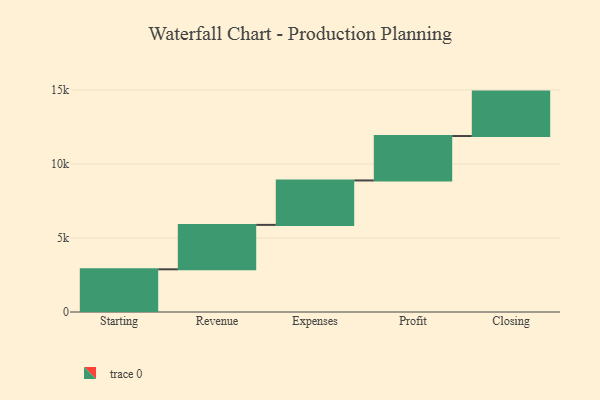
{"axis": {"x": "Step", "y": "Value"}, "legend": [""], "data": [{"x": "Starting", "y": 2883.0, "type": ""}, {"x": "Revenue", "y": 3000, "type": ""}, {"x": "Expenses", "y": 3000, "type": ""}, {"x": "Profit", "y": 3000, "type": ""}, {"x": "Closing", "y": 3000, "type": ""}]}